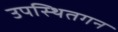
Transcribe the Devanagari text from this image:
उपस्थितगन